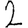
Digit: 2